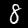
Digit: 8